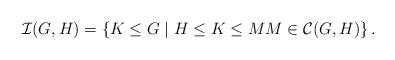
LaTeX: \begin{align*}\mathcal{I}(G,H)&=\{ K\leq G\mid H\leq K\leq M M\in \mathcal{C}(G,H) \}\,.\end{align*}